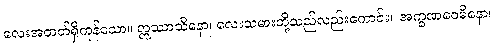
လေးအတတ်ရှိကုန်သော။ ဣဿာသိနော၊ လေးသမားတို့သည်လည်းကောင်း။ အက္ခဏဝေဓိနော၊